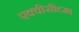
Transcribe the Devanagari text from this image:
एक्वीसीटम।